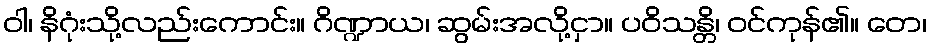
ဝါ၊ နိဂုံးသို့လည်းကောင်း။ ဂိဏ္ဍာယ၊ ဆွမ်းအလို့ငှာ။ ပဝိသန္တိ၊ ဝင်ကုန်၏။ တေ၊